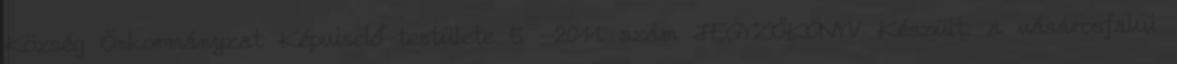
Község Önkormányzat Képviselő-testülete 5 2011. szám JEGYZŐKÖNYV Készült: a vásárosfalui